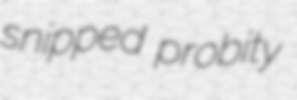
snipped probity